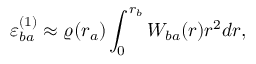
\varepsilon _ { b a } ^ { ( 1 ) } \approx \varrho ( r _ { a } ) \int _ { 0 } ^ { r _ { b } } W _ { b a } ( r ) r ^ { 2 } d r ,